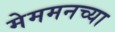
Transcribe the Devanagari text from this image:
मेममनच्या